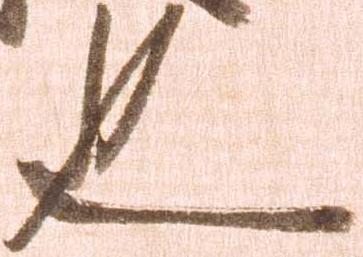
也